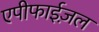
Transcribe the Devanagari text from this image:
एपीफाईज़ल